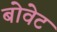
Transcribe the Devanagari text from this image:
बोवेट